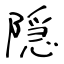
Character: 隠